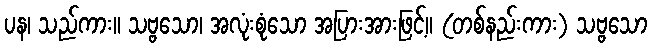
ပန၊ သည်ကား။ သဗ္ဗသော၊ အလုံးစုံသော အပြားအားဖြင့်။ (တစ်နည်းကား) သဗ္ဗသော